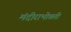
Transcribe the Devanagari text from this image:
मंदीराभोवती